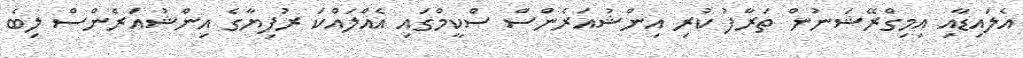
އެލައިޑާއި އިމިގްރޭޝަނުން ތަރާފު ކުރި އިންޝުއަރެންސް ސްކީމްގައި އެއްލައްކަ ރުފިޔާގެ އިންޝުއަރެންސް ލިބެ